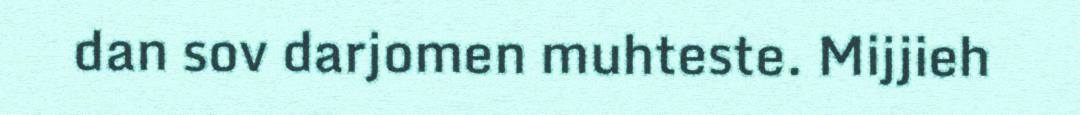
dan sov darjomen muhteste. Mijjieh